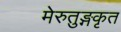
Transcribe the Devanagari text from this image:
मेरुतुङ्गकृत